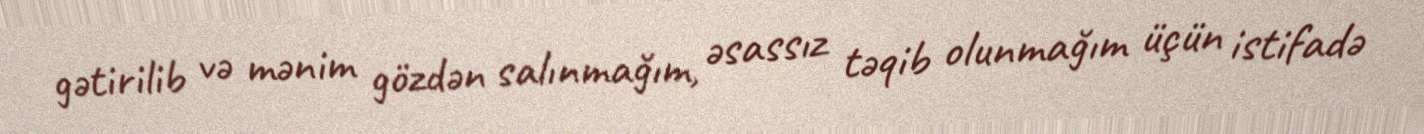
gətirilib və mənim gözdən salınmağım, əsassız təqib olunmağım üçün istifadə